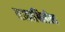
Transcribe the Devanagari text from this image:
साकाश्विलीला